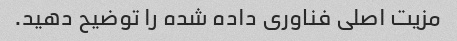
مزیت اصلی فناوری داده شده را توضیح دهید.